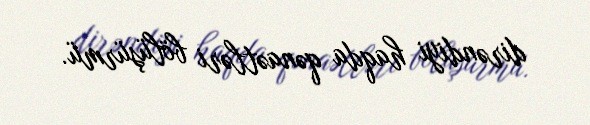
dirəndiyi haqda qənaətləri bölüşürmü.